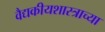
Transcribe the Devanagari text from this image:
वैद्यकीयशास्त्राच्या